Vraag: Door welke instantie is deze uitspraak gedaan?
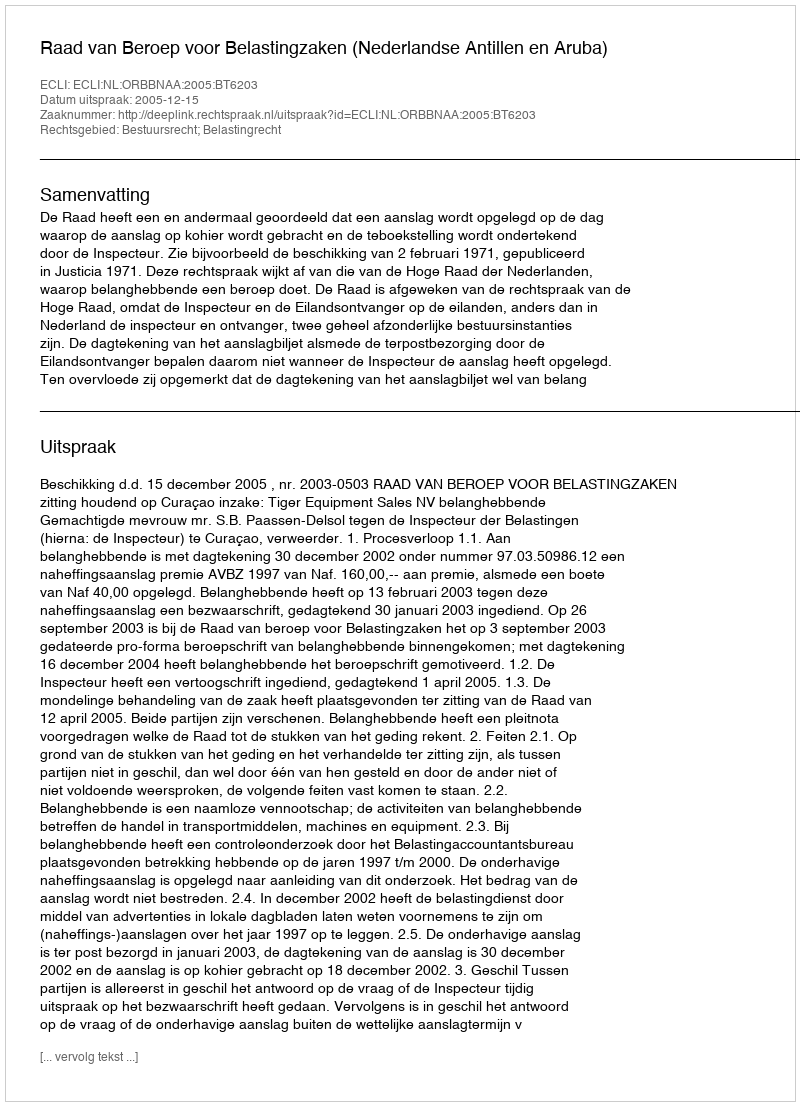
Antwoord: Raad van Beroep voor Belastingzaken (Nederlandse Antillen en Aruba)